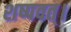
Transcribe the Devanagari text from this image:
शष्पवत्‌।